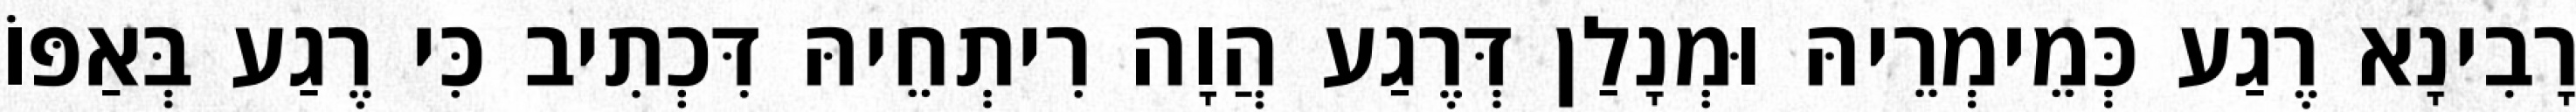
רָבִינָא רֶגַע כְּמֵימְרֵיהּ וּמְנָלַן דְּרֶגַע הֲוָה רִיתְחֵיהּ דִּכְתִיב כִּי רֶגַע בְּאַפּוֹ